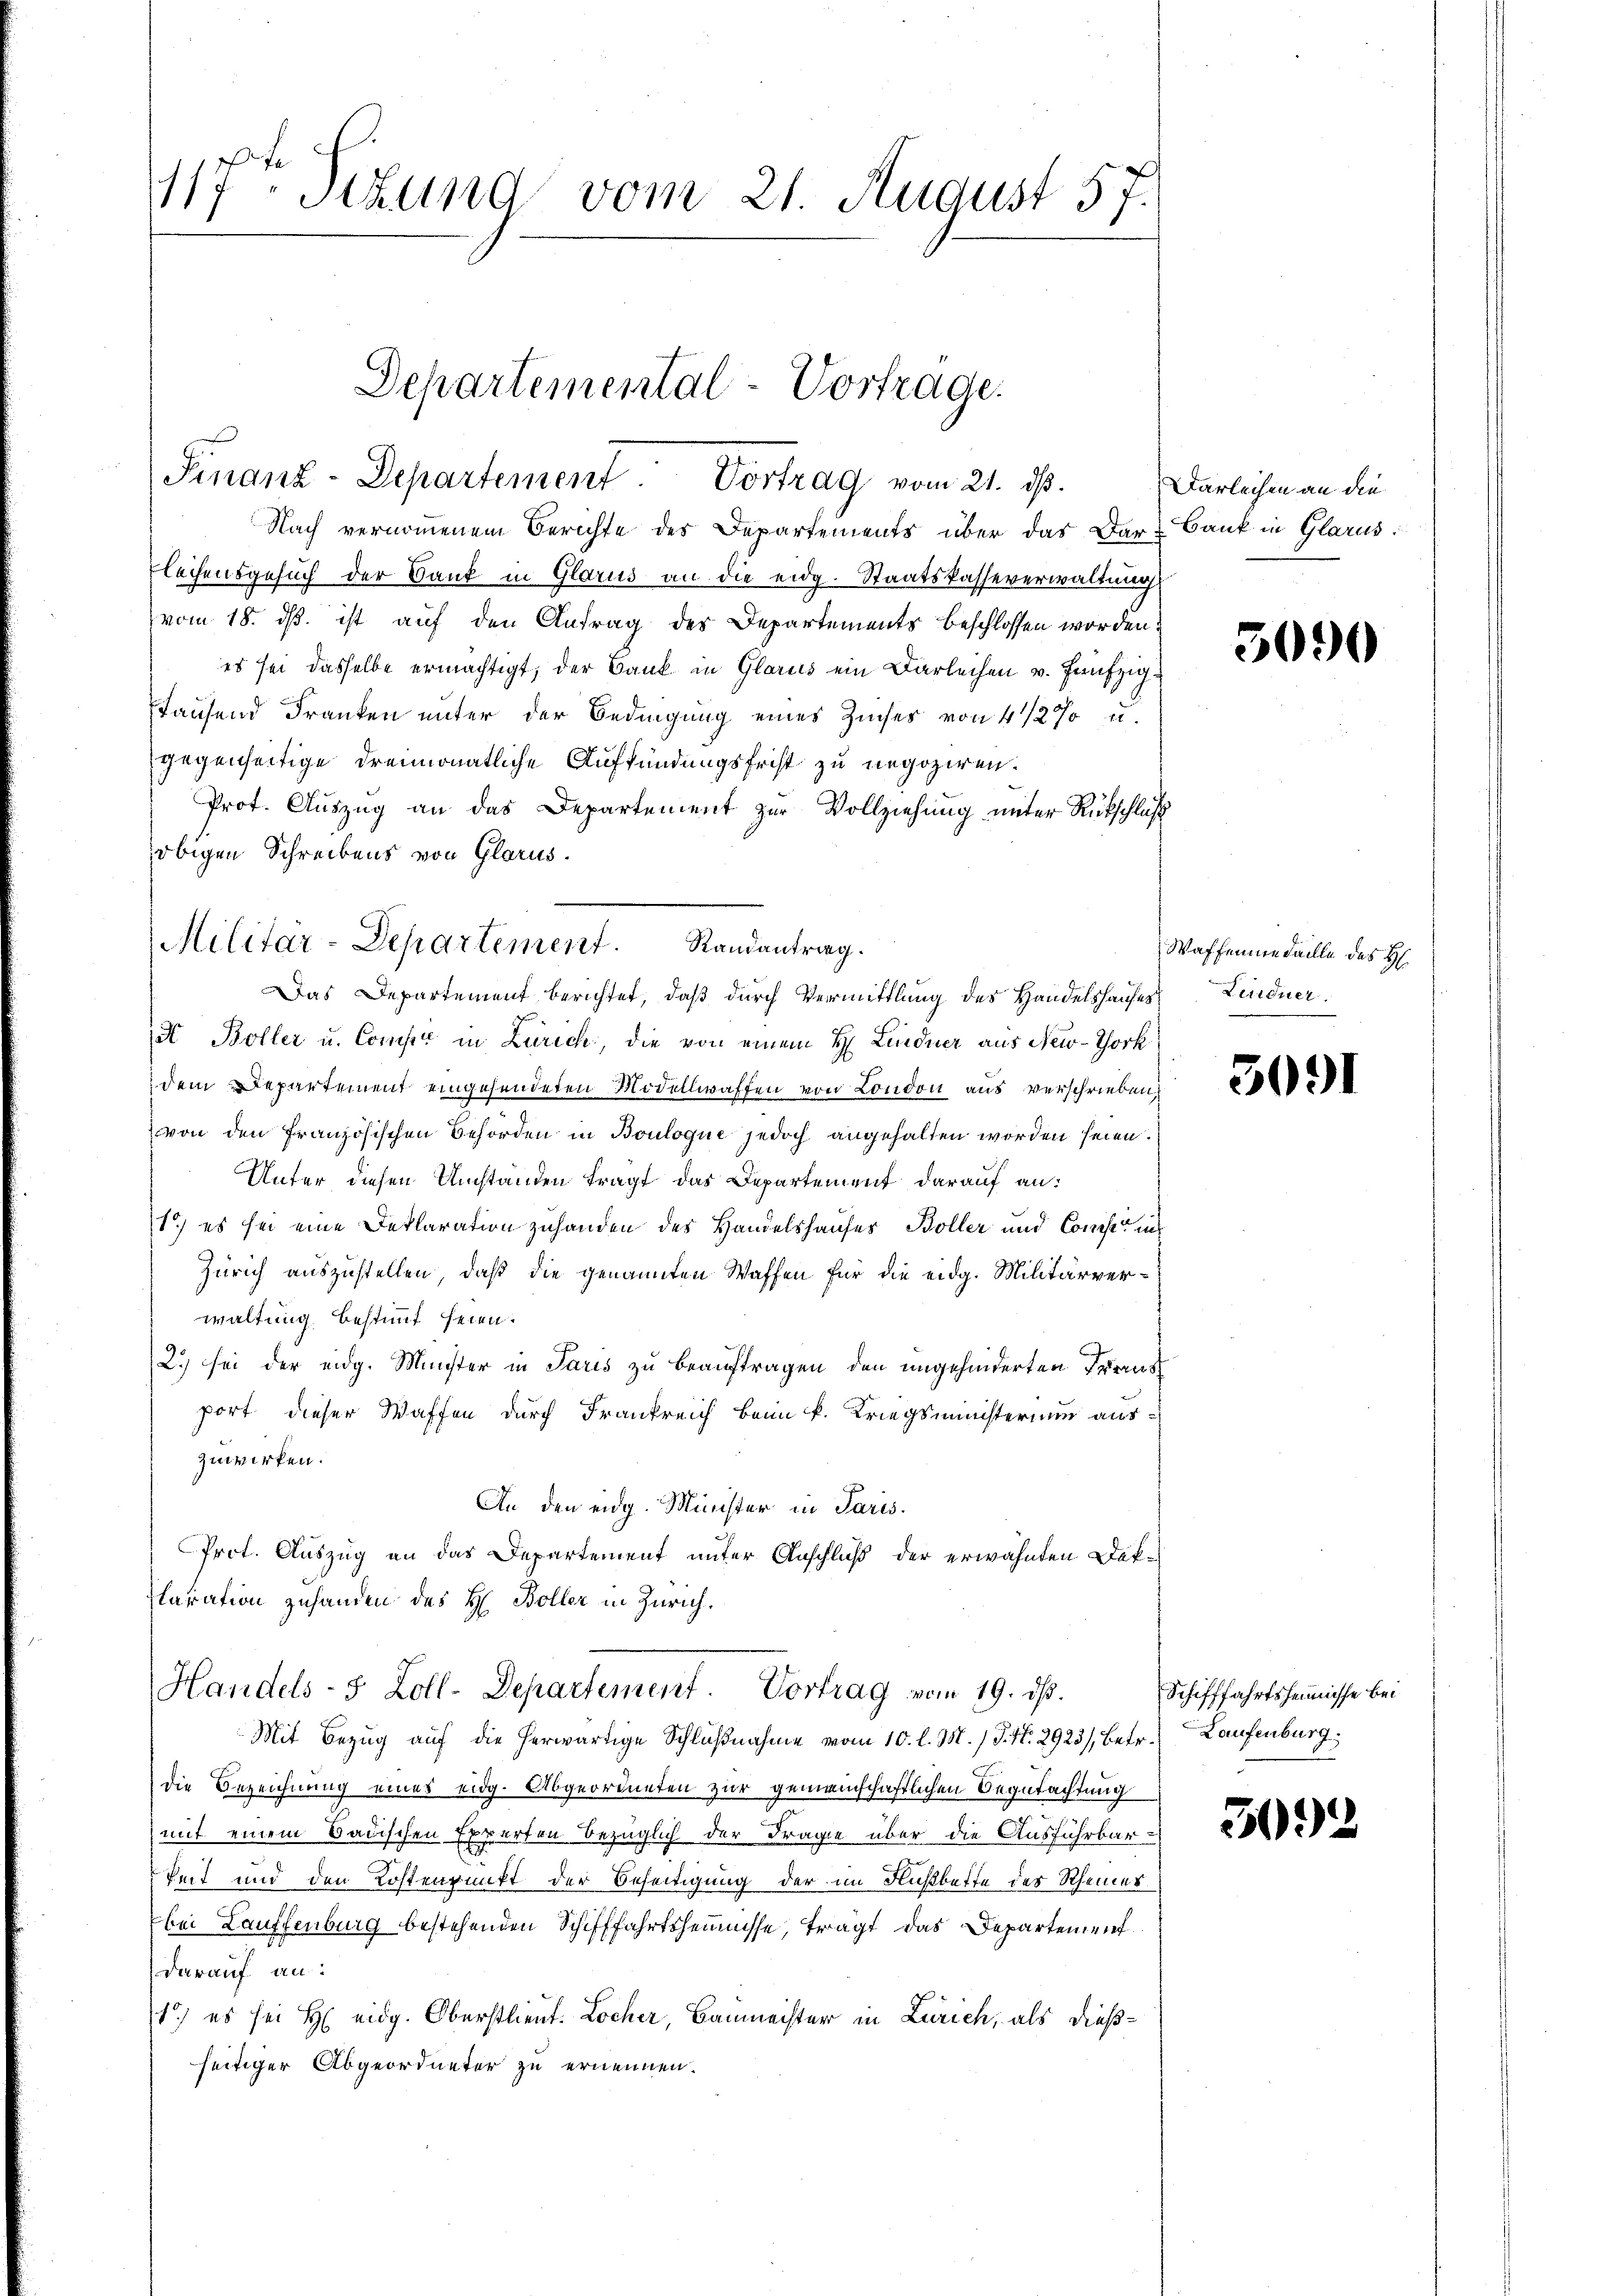
117ten Sitzung vom 21. August 57.

Departemental-Vortrage.
Finanz-Departement. Vortrag vom 21. ds.

Nach vernommenem Berichte des Departements über das Dar Bank in Glarus
lechensgesuch der Bank in Glarus an die eidg. Staatskasseverwaltung
vom 18. ds. ist auf den Antrag des Departements beschlossen worden:
es sei dasselbe ermächtigt, der Bank in Glarus ein Darleihen v. Hanfzigtausend Franken unter der Bedingung eines Zinses von 4 1/2 % u.
gegenseitige dreimonatliche Aufkündungsfrist zu negoziren.
Prot. Auszug an das Departement zur Vollziehung unter Rückschluß
obigen Schreibens von Glarus.
a Boller u. Compe in Zürich, die von einem H. Lindner aus New-York
dem Departement eingesendeten Modellwaffen von London aus verschrieben,
von den Französischen Behörden in Bouloque jedoch angehalten worden seien.
Unter diesen Umständen tragt das Departement darauf an:
1) es sei eine Deklaration zuhanden des Handelshauses Boller und Conse in
Zürich auszustellen, daß die genannten Waffen für die eidg. Militärverwaltung bestimmt seien.
2.) sei der eidg. Münster in Paris zu beauftragen den ungehinderten Trans
port dieser Waffen durch Frankreich beim k. Kriegsministerium auszuwirken.
An den eidg. Minister in Paris.
Prot. Auszug an das Departement unter Anschluß der erwähnten Dok¬
Claration zuhanden des H. Boller in Zürich.
Handels- & Zoll-Departement. Vortrag vom 19. ds.
Mit Bezug auf die herwärtige Schlŭβnahme vom 10. l. M. / P. Nr. 2923/, betr. Laufenburg:
die Bezeichnung eines eidg. Abgeordneten zur gemeinschaftlichen Begutachtung
mit einem Badischen Experten bezüglich der Frage über die Ausführbar-
keit und den Kostenpunkt der Beseitigung der im Flußbette des Rheiner
bei Lauffenburg bestehenden Schifffahrtsheimisse, tragt das Departement
darauf an:
1) es sei H eidg. Oberstlieut. Locher, Baumeister in Zürich, als dießseitiger Abgeordneter zu ernennen.

Militar-Departement. Randantrag.
Das Departement berichtet, daß durch Vermittlung des Handelshauses

Darleihen an die

3090

Waffenmedaille des H
Lendner

3091

Schifffahrtsheimisse bei

3092